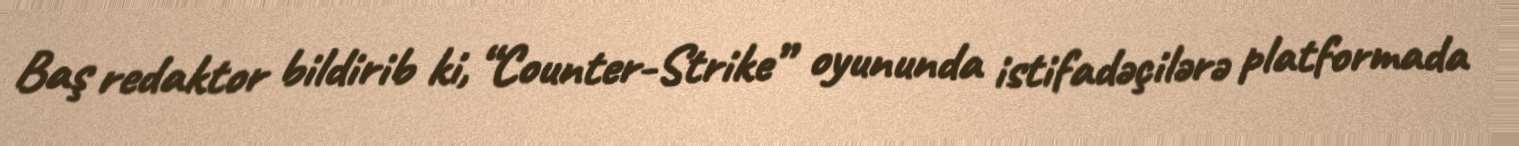
Baş redaktor bildirib ki, “Counter-Strike” oyununda istifadəçilərə platformada